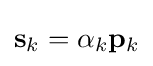
\mathbf {s} _{k}=\alpha _{k}\mathbf {p} _{k}